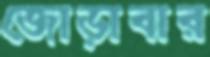
জোড়াবার